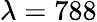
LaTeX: \lambda=788